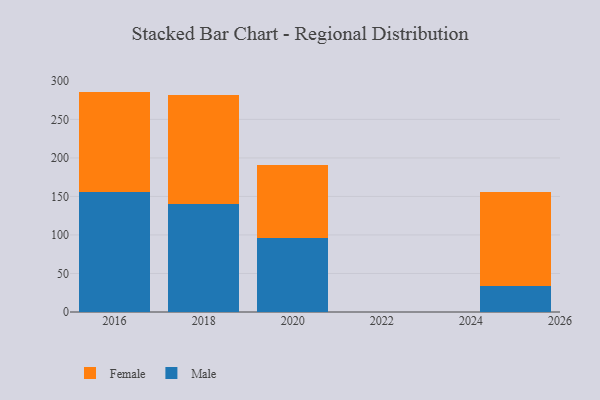
{"axis": {"x": "Year", "y": "Churn Rate (%)"}, "legend": ["Female", "Male"], "data": [{"x": "2018", "y": 140.1, "type": "Male"}, {"x": "2018", "y": 141.7, "type": "Female"}, {"x": "2016", "y": 155.4, "type": "Male"}, {"x": "2016", "y": 130.7, "type": "Female"}, {"x": "2025", "y": 33.9, "type": "Male"}, {"x": "2025", "y": 121.5, "type": "Female"}, {"x": "2020", "y": 96.0, "type": "Male"}, {"x": "2020", "y": 95.0, "type": "Female"}]}